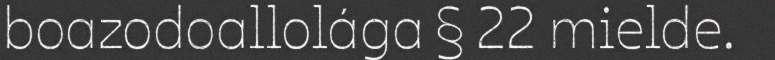
boazodoallolága § 22 mielde.